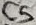
Text: C5